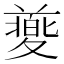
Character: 𡕸